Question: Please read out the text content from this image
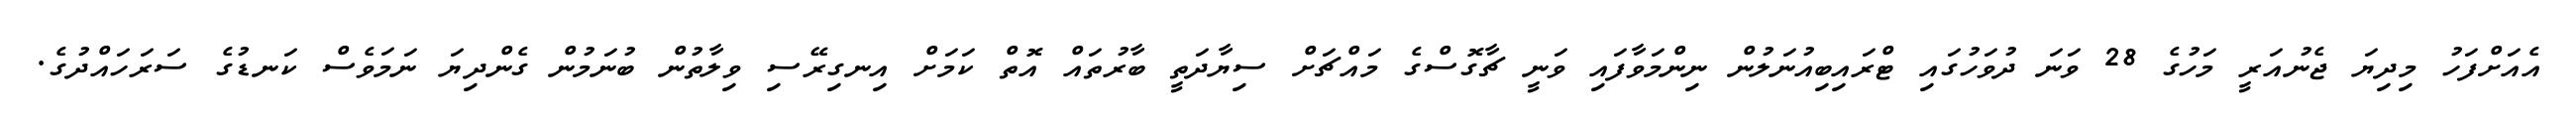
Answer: އެއަށްފަހު މިދިޔަ ޖެނުއަރީ މަހުގެ 28 ވަނަ ދުވަހުގައި ޓްރައިބިއުނަލުން ނިންމަވާފައި ވަނީ ޗާގޮސްގެ މައްޗަށް ސިޔާދަތީ ބާރުތައް އޮތް ކަމަށް އިނގިރޭސި ވިލާތުން ބުނަމުން ގެންދިޔަ ނަމަވެސް ކަނޑުގެ ސަރަހައްދުގެ.